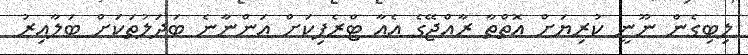
ލިބިގެން ނޫނީ ކުރިޔަށް އޮތްތާ ރާއްޖޭގެ އެއާ ޓްރެފިކަށް އަންނާނެ ބަދަލުތަކަށް ބަލާއިރު